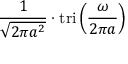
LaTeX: { \frac { 1 } { \sqrt { 2 \pi a ^ { 2 } } } } \cdot \operatorname { t r i } \left( { \frac { \omega } { 2 \pi a } } \right)